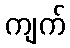
ကျက်